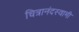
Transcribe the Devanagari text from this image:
चित्रानंदस्वामी